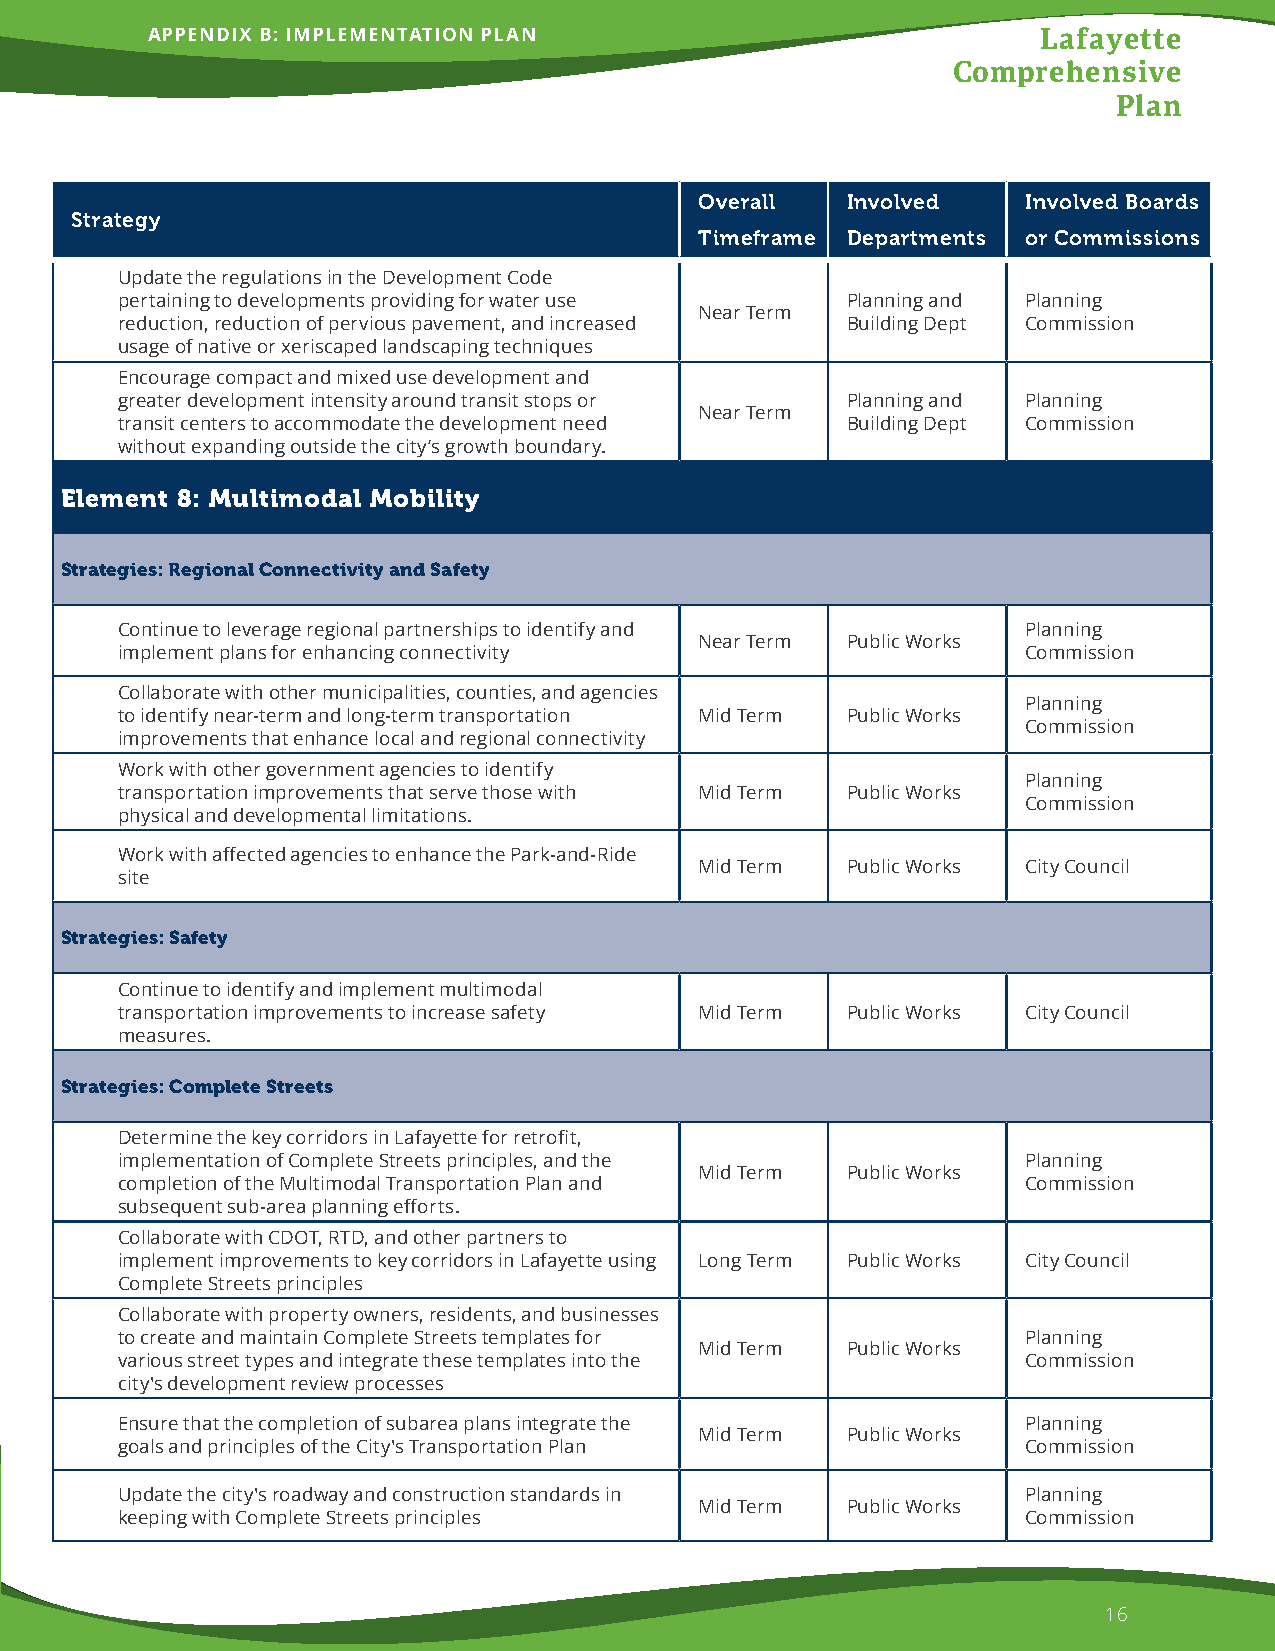
APPENDIX B: IMPLEMENTATION PLAN                            Lafayette
 Comprehensive
 Plan
 Overall   Involved    Involved Boards
 Strategy
 Timeframe Departments or Commissions
 Update the regulations in the Development Code
 pertaining to developments providing for water use Planning and Planning
 Near Term
 reduction, reduction of pervious pavement, and increased Building Dept Commission
 usage of native or xeriscaped landscaping techniques
 Encourage compact and mixed use development and
 greater development intensity around transit stops or Planning and Planning
 Near Term
 transit centers to accommodate the development need Building Dept Commission
 without expanding outside the city’s growth boundary.
 Element 8: Multimodal Mobility
 Strategies: Regional Connectivity and Safety
 Continue to leverage regional partnerships to identify and  Planning
 Near Term Public Works
 implement plans for enhancing connectivity                  Commission
 Collaborate with other municipalities, counties, and agencies
 Planning
 to identify near-term and long-term transportation Mid Term Public Works
 Commission
 improvements that enhance local and regional connectivity
 Work with other government agencies to identify
 Planning
 transportation improvements that serve those with Mid Term Public Works
 Commission
 physical and developmental limitations.
 Work with affected agencies to enhance the Park-and-Ride
 Mid Term  Public Works City Council
 site
 Strategies: Safety
 Continue to identify and implement multimodal
 transportation improvements to increase safety Mid Term Public Works City Council
 measures.
 Strategies: Complete Streets
 Determine the key corridors in Lafayette for retrofit,
 implementation of Complete Streets principles, and the      Planning
 Mid Term  Public Works
 completion of the Multimodal Transportation Plan and        Commission
 subsequent sub-area planning efforts.
 Collaborate with CDOT, RTD, and other partners to
 implement improvements to key corridors in Lafayette using Long Term Public Works City Council
 Complete Streets principles
 Collaborate with property owners, residents, and businesses
 to create and maintain Complete Streets templates for       Planning
 Mid Term  Public Works
 various street types and integrate these templates into the Commission
 city's development review processes
 Ensure that the completion of subarea plans integrate the   Planning
 Mid Term  Public Works
 goals and principles of the City's Transportation Plan      Commission
 Update the city's roadway and construction standards in     Planning
 Mid Term  Public Works
 keeping with Complete Streets principles                    Commission
 16